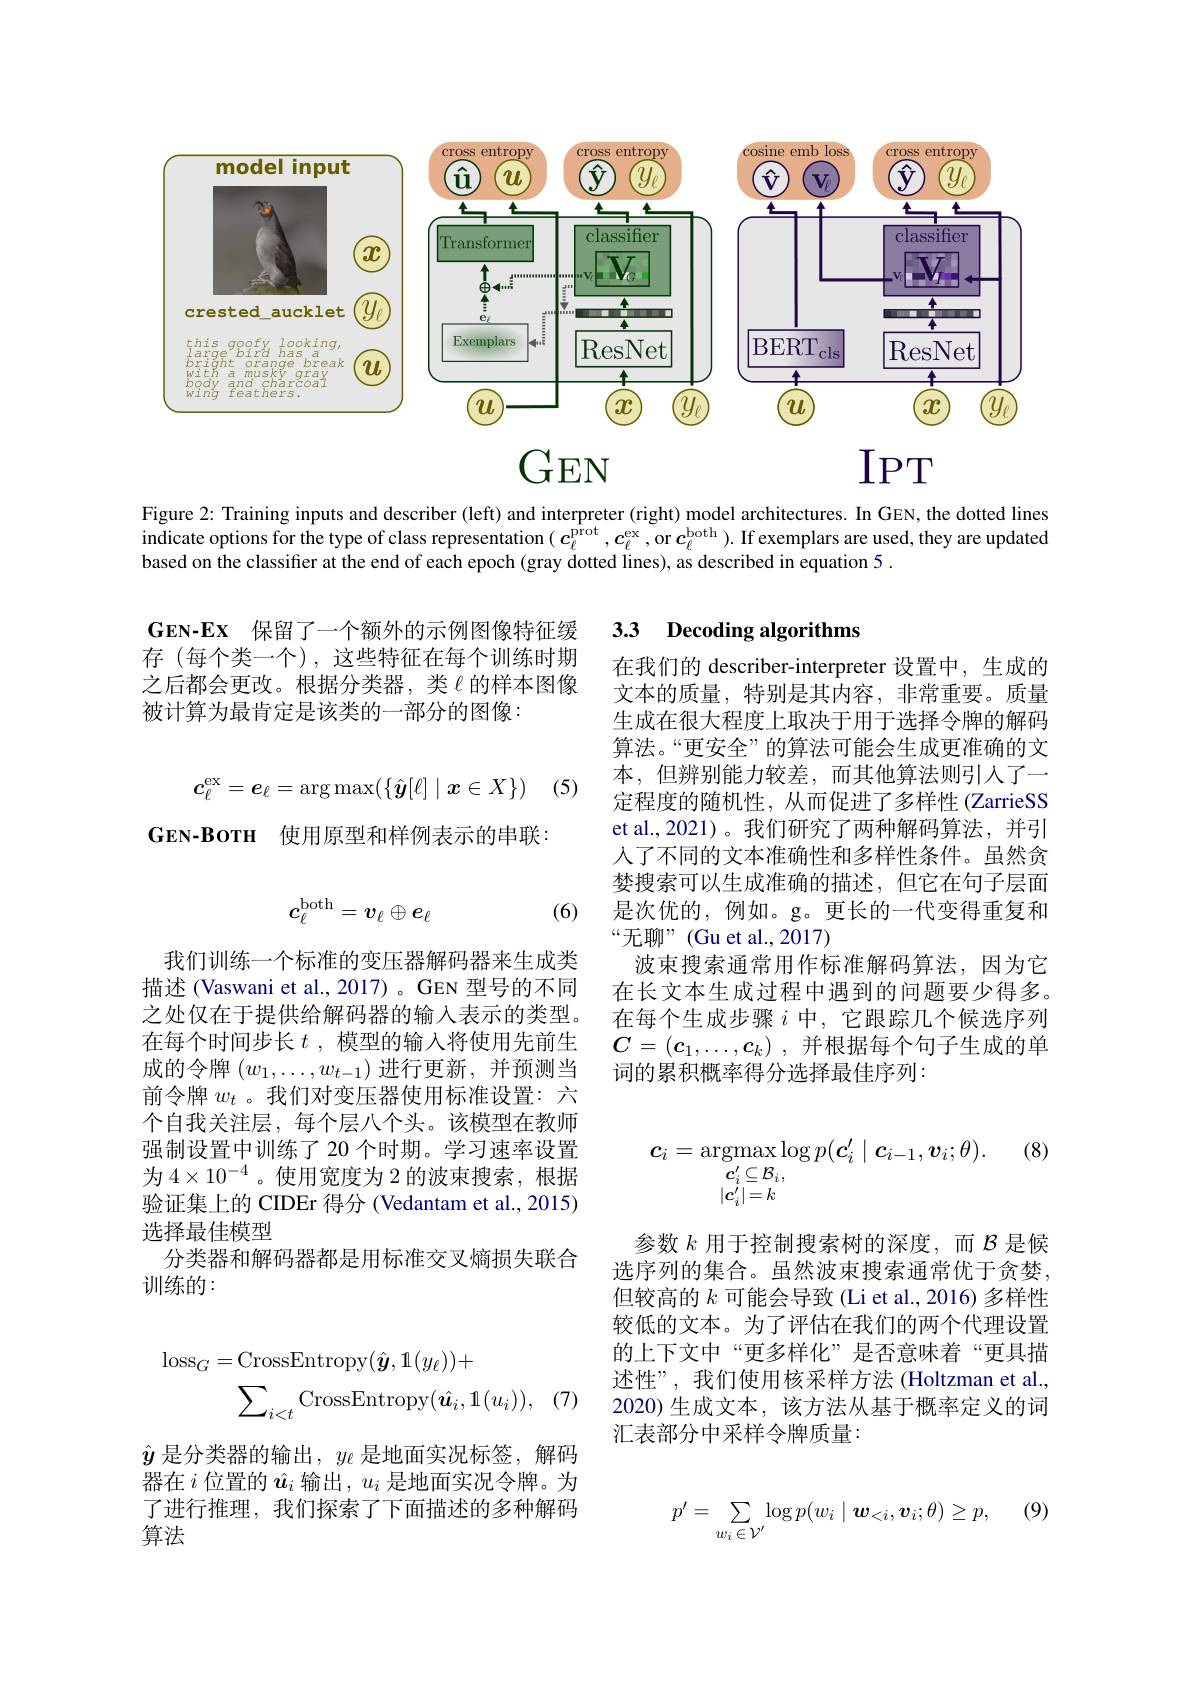
<FigureHere>

Figure 2: Training inputs and describer (left) and interpreter (right) model architectures. In GEN, the dotted lines indicate options for the type of class representation $(\boldsymbol{c}_\ell^\mathrm{prot},\boldsymbol{c}_\ell^\mathrm{ex}$,or $\boldsymbol{c}_\ell^\mathrm{both}).$ If exemplars are used, they are updated based on the classifier at the end of each epoch (gray dotted lines), as described in equation 5 .

### 3.3 Decoding algorithms

$\mathbf{GEN- Ex}$ 保留了一个额外的示例图像特征缓存(每个类一个),这些特征在每个训练时期之后都会更改。根据分类器，类$\ell$的样本图像被计算为最肯定是该类的一部分的图像：

(5)
$$c_\ell^\mathrm{ex}=e_\ell=\arg\max(\{\hat{\boldsymbol{y}}[\ell]\mid\boldsymbol{x}\in X\})$$
$\mathbf{GEN- BOTH}$ 使用原型和样例表示的串联：

在我们的 describer-interpreter 设置中，生成的文本的质量，特别是其内容，非常重要。质量生成在很大程度上取决于用于选择令牌的解码算法。“更安全”的算法可能会生成更准确的文本，但辨别能力较差，而其他算法则引人了一定程度的随机性，从而促进了多样性(ZarrieSS et al.,2021)。我们研究了两种解码算法，并引人了不同的文本准确性和多样性条件。虽然贪婪搜索可以生成准确的描述，但它在句子层面是次优的，例如。g。更长的一代变得重复和“无聊”(Guet al.,2017)
波束搜索通常用作标准解码算法，因为它在长文本生成过程中遇到的问题要少得多。在每个生成步骤$i$中，它跟踪几个候选序列$C= ( c_1, \ldots , c_k)$ ,并根据每个句子生成的单词的累积概率得分选择最佳序列：

(6)
$$c_\ell^{\mathrm{both}}=v_\ell\oplus e_\ell $$
我们训练一个标准的变压器解码器来生成类描述 (Vaswani et al., 2017)。GEN 型号的不同之处仅在于提供给解码器的输入表示的类型。在每个时间步长$t$ ,模型的输入将使用先前生成的令牌$(w_1,\ldots,w_{t-1})$进行更新，并预测当前令牌$w_t$ 。我们对变压器使用标准设置：六个自我关注层，每个层八个头。该模型在教师强制设置中训练了 20 个时期。学习速率设置为$4\times10^{-4}$。使用宽度为 2 的波束搜索，根据验证集上的 CIDEr 得分 (Vedantam et al., 2015) 选择最佳模型
分类器和解码器都是用标准交叉熵损失联合
训练的：

(8)
$$\begin{aligned}\boldsymbol{c}_{i}&=\mathrm{argmax}\log p(\boldsymbol{c}_{i}^{\prime}\mid\boldsymbol{c}_{i-1},\boldsymbol{v}_{i};\theta).\\&c_{i}^{\prime}\subseteq B_{i},\\&|c_{i}^{\prime}|=k\end{aligned}$$
参数$k$用于控制搜索树的深度，而$\mathcal{B}$是候选序列的集合。虽然波束搜索通常优于贪婪， 但较高的$k$可能会导致(Li et al., 2016) 多样性较低的文本。为了评估在我们的两个代理设置的上下文中“更多样化”是否意味着“更具描述性”,我们使用核采样方法 (Holtzman et al. 2020) 生成文本，该方法从基于概率定义的词汇表部分中采样令牌质量：
$$\begin{aligned}\mathrm{loss}_{G}&=\mathrm{CrossEntropy}(\hat{\boldsymbol{y}},11(y_{\ell}))+\\&\sum_{i<t}\mathrm{CrossEntropy}(\hat{\boldsymbol{u}_{i}},11(u_{i})),\end{aligned}$$
$\hat{y}$是分类器的输出，$y_\ell$是地面实况标签，解码器在$i$位置的$\hat{\boldsymbol{u}}_i$输出，$u_i$是地面实况令牌。为了进行推理，我们探索了下面描述的多种解码算法
$$p'=\sum\limits_{w_i\in\mathcal{V}'}\log p(w_i\mid\boldsymbol{w}_{<i},\boldsymbol{v}_i;\theta)\geq p,\quad(9$$